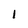
Character: 1